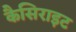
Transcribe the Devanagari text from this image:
कैसिराइट